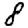
Digit: 8